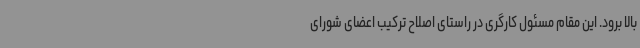
بالا برود. این مقام مسئول کارگری در راستای اصلاح ترکیب اعضای شورای